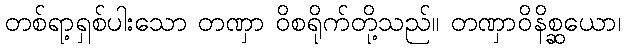
တစ်ရာ့ရှစ်ပါးသော တဏှာ ဝိစရိုက်တို့သည်။ တဏှာဝိနိစ္ဆယော၊